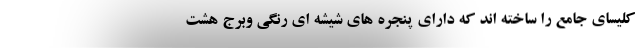
کلیسای جامع را ساخته اند که دارای پنجره های شیشه ای رنگی وبرج هشت